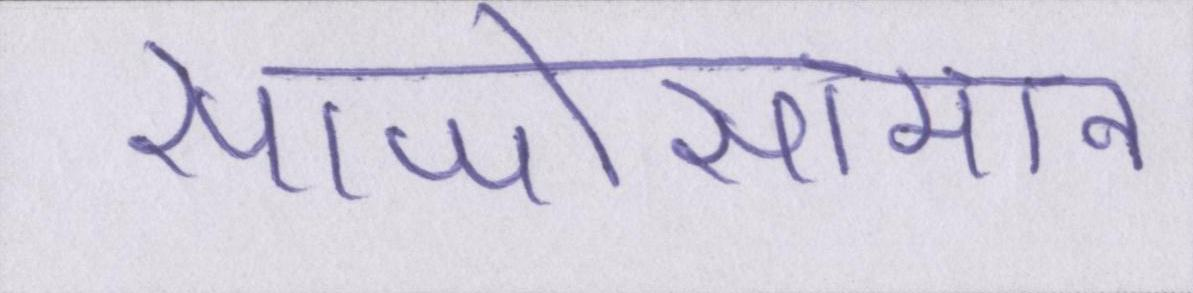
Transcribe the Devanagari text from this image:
साजोसामान